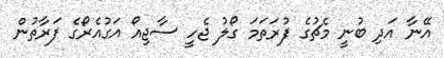
އޭނާ އަދި ބުނީ މެޗުގެ ފުރަތަމަ ގޯލު ޖެހީ ސާޖިއޯ އަގުއެރޯގެ ފަރާތުން